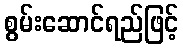
စွမ်းဆောင်ရည်ဖြင့်